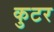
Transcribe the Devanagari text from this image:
कुटर